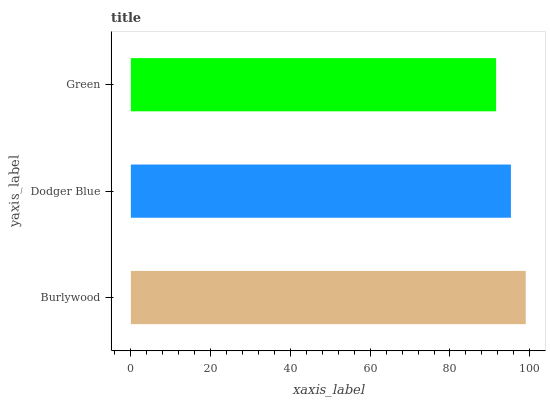
| yaxis_label | bars |
 | --- | --- |
 | Burlywood | 99 |
 | Dodger Blue | 95.3 |
 | Green | 91.6 |